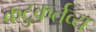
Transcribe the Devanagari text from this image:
कटुकर्तव्य